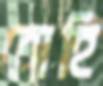
ব্রোহি